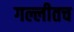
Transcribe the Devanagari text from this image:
गल्लीतच